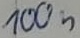
Text: 100n